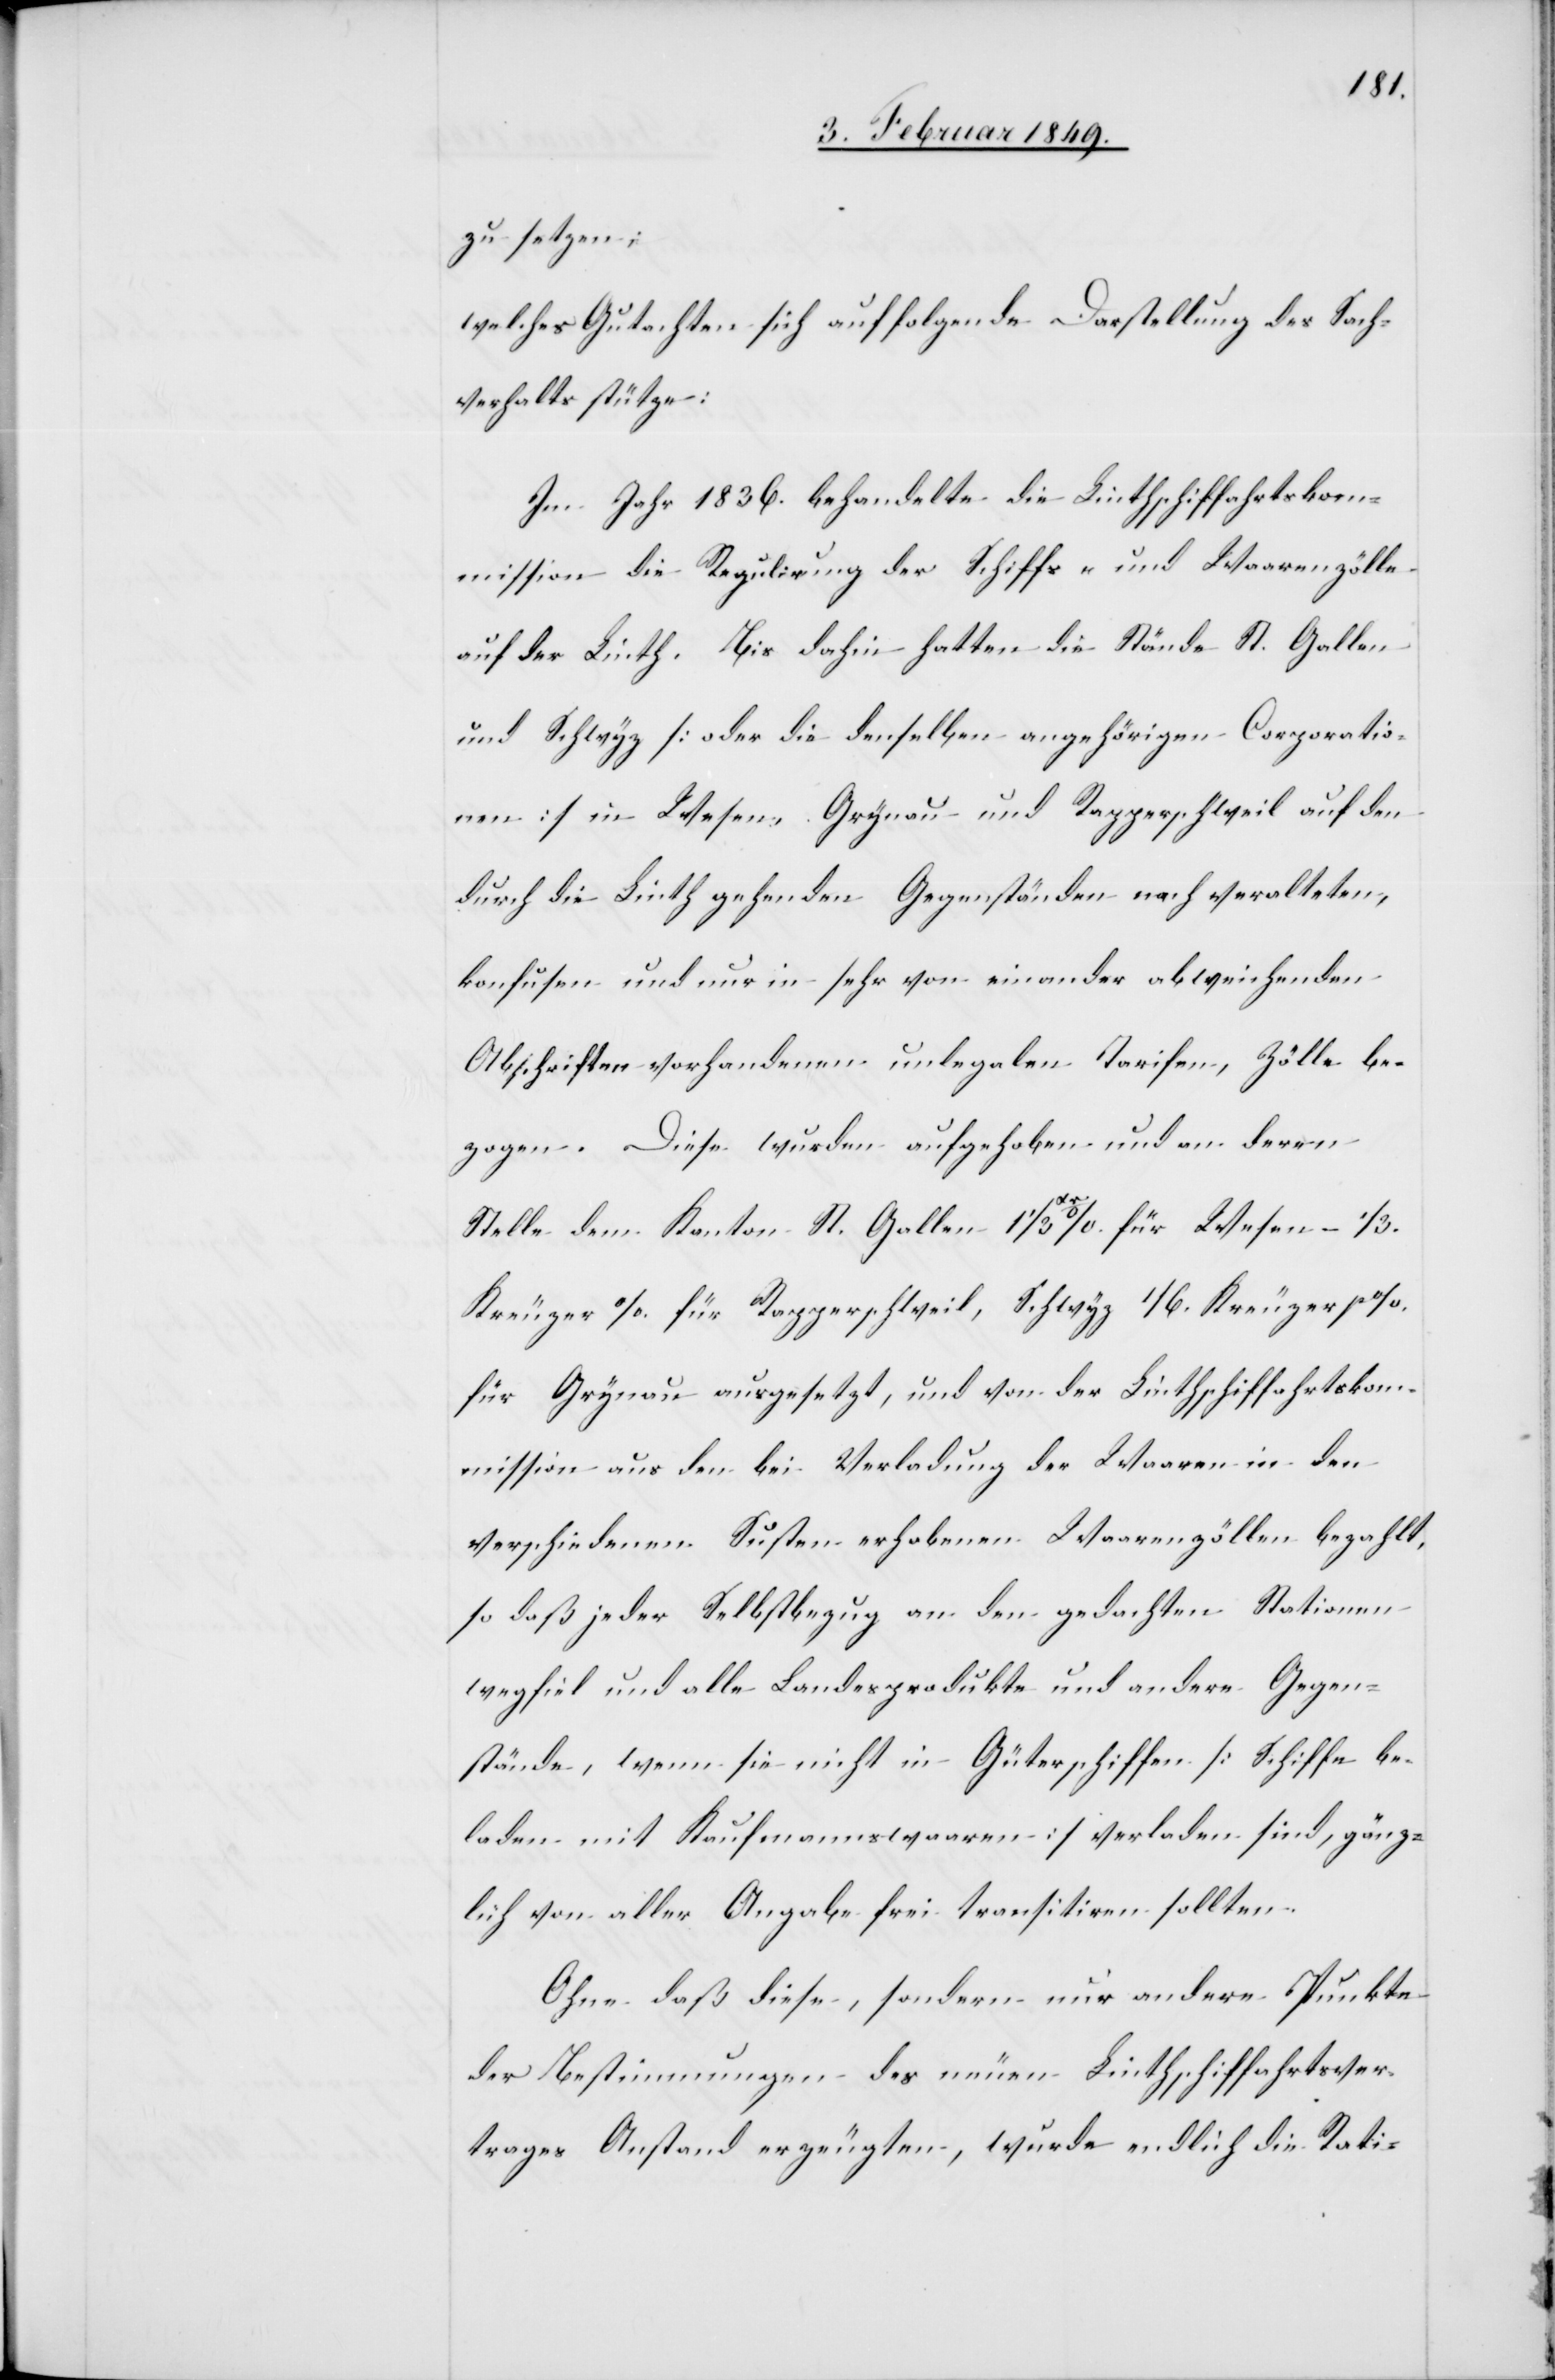
zu setzen;
welches Gutachten sich auf folgende Darstellung des Sach¬
verhalts stütze:
Im Jahr 1836. behandelte die Linthschiffahrtskom¬
mission die Regulirung der Schiffs- und Waarenzölle
auf der Linth. Bis dahin hatten die Stände St. Gallen
und Schwyz [oder die denselben angehörigen Corporatio¬
nen] in Wesen, Grynau und Rapperschweil auf den
durch die Linth gehenden Gegenständen nach veralteten,
konfusen und nur in sehr von einander abweichenden
Abschriften vorhandenen unlegalen Tarifen, Zölle be¬
zogen. Diese wurden aufgehoben und an deren
Stelle dem Kanton St. Gallen 1 1/3 xr %. für Wesen – 1/3.
Kreuzer %. für Rapperschweil, Schwyz 1/6. Kreuzer p %.
für Grynau ausgesetzt, und von der Linthschiffahrtskom¬
mission aus den bei Verladung der Waaren in den
verschiedenen Susten erhobenen Waarenzöllen bezahlt,
so daß jeder Selbstbezug an den gedachten Stationen
wegfiel und alle Landesprodukte und andere Gegen¬
stände, wenn sie nicht in Güterschiffen [Schiffe be¬
laden mit Kaufmannswaaren] verladen sind, gänz¬
lich von aller Angabe frei transitiren sollten.
Ohne daß diese, sondern nur andere Punkte
der Bestimmungen des neuen Linthschiffahrtsver¬
trages Anstand erzeugten, wurde endlich die Rati-